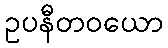
ဥပနီတဝယော